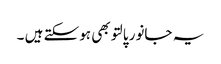
یہ جانور پالتو بھی ہوسکتے ہیں ۔